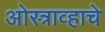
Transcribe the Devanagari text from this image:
ओस्त्राव्हाचे